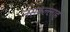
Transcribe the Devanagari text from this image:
नसरूल्लाह